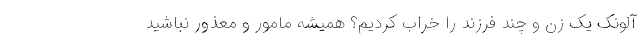
آلونک یک زن و چند فرزند را خراب کردیم؟ همیشه مامور و معذور نباشید